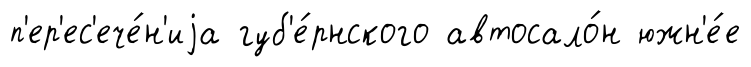
п'ер'ес'ече́н'иjа губ'е́рнского автосало́н южн'е́е